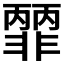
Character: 𩇽